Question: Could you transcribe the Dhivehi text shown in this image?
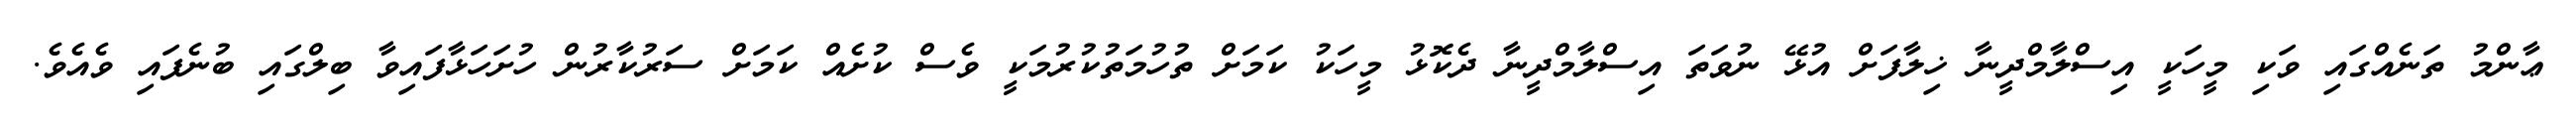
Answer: ޢާންމު ތަނެއްގައި ވަކި މީހަކީ އިސްލާމްދީނާ ޚިލާފަށް އުޅޭ ނުވަތަ އިސްލާމްދީނާ ދެކޮޅު މީހަކު ކަމަށް ތުހުމަތުކުރުމަކީ ވެސް ކުށެއް ކަމަށް ސަރުކާރުން ހުށަހަޅާފައިވާ ބިލްގައި ބުނެފައި ވެއެވެ.